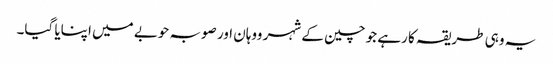
یہ وہی طریقہ کا رہے جو چین کے شہر ووہان اور صوبہ حوبے میں اپنایا گیا۔